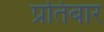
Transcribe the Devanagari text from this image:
प्रतिबार